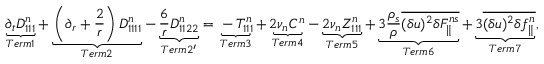
\underbrace { \partial _ { t } D _ { 1 1 1 } ^ { n } } _ { T e r m 1 } + \underbrace { \left( \partial _ { r } + \frac { 2 } { r } \right) D _ { 1 1 1 1 } ^ { n } } _ { T e r m 2 } - \underbrace { \frac { 6 } { r } D _ { 1 1 2 2 } ^ { n } } _ { T e r m 2 ^ { \prime } } = \underbrace { - T _ { 1 1 1 } ^ { n } } _ { T e r m 3 } + \underbrace { 2 \nu _ { n } C ^ { n } } _ { T e r m 4 } - \underbrace { 2 \nu _ { n } Z _ { 1 1 1 } ^ { n } } _ { T e r m 5 } + \underbrace { 3 \frac { \rho _ { s } } { \rho } \overline { { ( \delta u ) ^ { 2 } \delta F _ { \parallel } ^ { n s } } } } _ { T e r m 6 } + \underbrace { 3 \overline { { ( \delta u ) ^ { 2 } \delta f _ { \parallel } ^ { n } } } } _ { T e r m 7 } ,